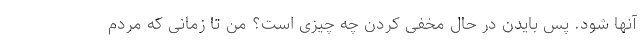
آنها شود. پس بایدن در حال مخفی کردن چه چیزی است؟ من تا زمانی که مردم